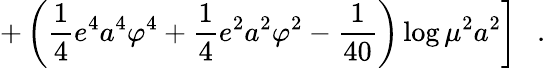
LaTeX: \left.+\left(\frac 14e^{4}a^{4}\varphi^{4}+\frac 14e^{2}a^{2}\varphi^{2}-{\frac{1}{40}}\right)\log\mu^{2}a^{2}\right]~~~.